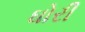
ઘોરી